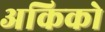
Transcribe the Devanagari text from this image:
अकिको